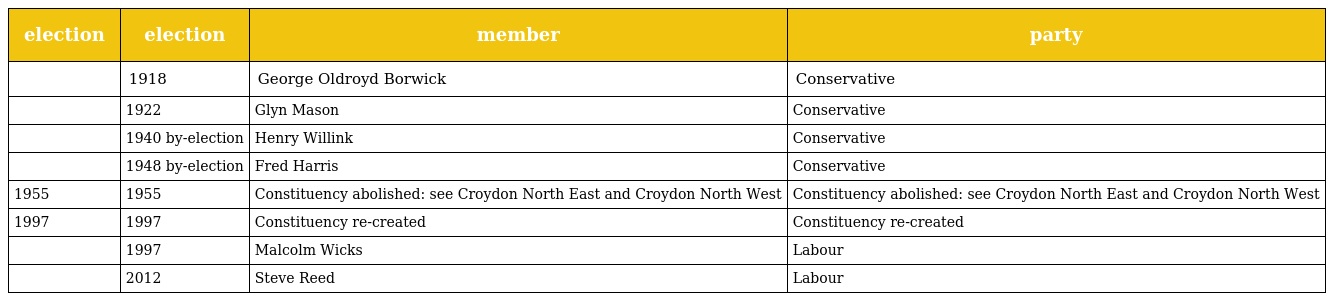
| election | election | member | party |
 | --- | --- | --- | --- |
 |  | 1918 | George Oldroyd Borwick | Conservative |
 |  | 1922 | Glyn Mason | Conservative |
 |  | 1940 by-election | Henry Willink | Conservative |
 |  | 1948 by-election | Fred Harris | Conservative |
 | 1955 | 1955 | Constituency abolished: see Croydon North East and Croydon North West | Constituency abolished: see Croydon North East and Croydon North West |
 | 1997 | 1997 | Constituency re-created | Constituency re-created |
 |  | 1997 | Malcolm Wicks | Labour |
 |  | 2012 | Steve Reed | Labour |